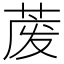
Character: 𱽱